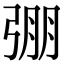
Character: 弸